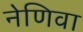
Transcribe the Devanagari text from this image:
नेणिवा